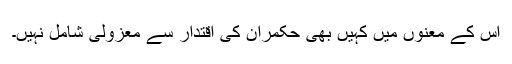
اس کے معنوں میں کہیں بھی حکمران کی اقتدار سے معزولی شامل نہیں۔